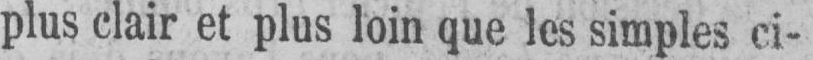
plus clair et plus loin que les simples ci-